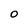
Character: 0